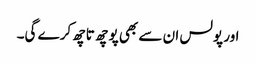
اور پولس ان سے بھی پوچھ تاچھ کرے گی۔